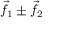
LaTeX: { \vec { f } } _ { 1 } \pm { \vec { f } } _ { 2 }